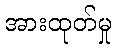
အားထုတ်မှု